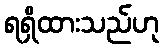
ရရှိထားသည်ဟု